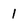
Character: 1